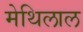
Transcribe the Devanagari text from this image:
मेथिलाल